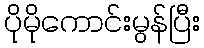
ပိုမိုကောင်းမွန်ပြီး